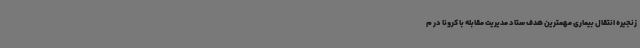
زنجیره انتقال بیماری مهمترین هدف ستاد مدیریت مقابله با کرونا در م